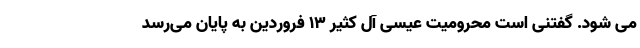
می شود. گفتنی است محرومیت عیسی آل کثیر ۱۳ فروردین به پایان می‌رسد